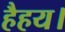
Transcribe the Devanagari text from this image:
हैहय।